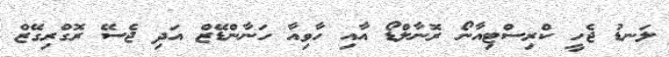
ލަނޑު ޖެހީ ކްރިސްޓިއާނޯ ރޮނާލްޑޯ އާއި ހާވިއާ ހަނާންޑޭޒް އަދި ޖެސޭ ރޮގްރިގޭޒް